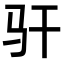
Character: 𫘛